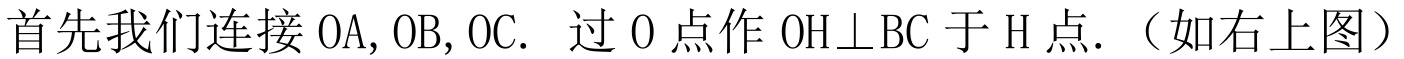
首先我们连接 \(OA,OB,OC\). 过 \(O\) 点作 \(OH\perp BC\) 于 \(H\) 点.（如右上图）